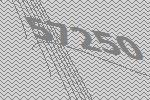
57250